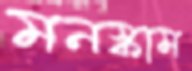
মনস্কাম